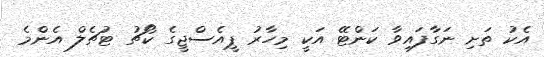
އެކު ތަށި ނަގާފައިވާ ކަންޓޭ އަކީ މިހާރު ޕީއެސްޖީގެ ކޯޗު ޓުޗެލް އެންމެ